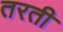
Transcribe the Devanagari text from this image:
तरती